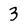
Character: 3